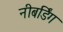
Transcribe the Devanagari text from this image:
नीबर्डिंग